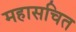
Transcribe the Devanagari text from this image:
महासचित